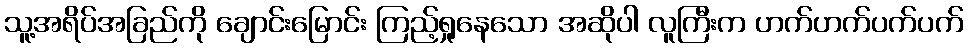
သူ့အရိပ်အခြည်ကို ချောင်းမြောင်း ကြည့်ရှုနေသော အဆိုပါ လူကြီးက ဟက်ဟက်ပက်ပက်